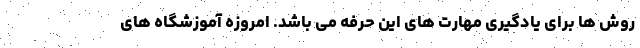
روش ها برای یادگیری مهارت های این حرفه می باشد. امروزه آموزشگاه های